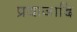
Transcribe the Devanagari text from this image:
प्रयाजादि